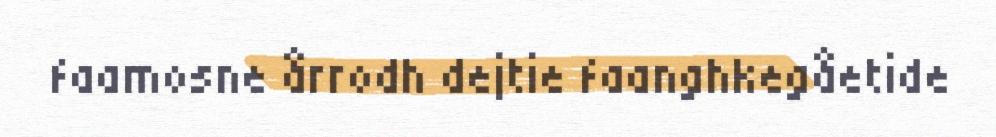
faamosne årrodh dejtie faanghkegåetide